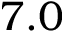
7 . 0